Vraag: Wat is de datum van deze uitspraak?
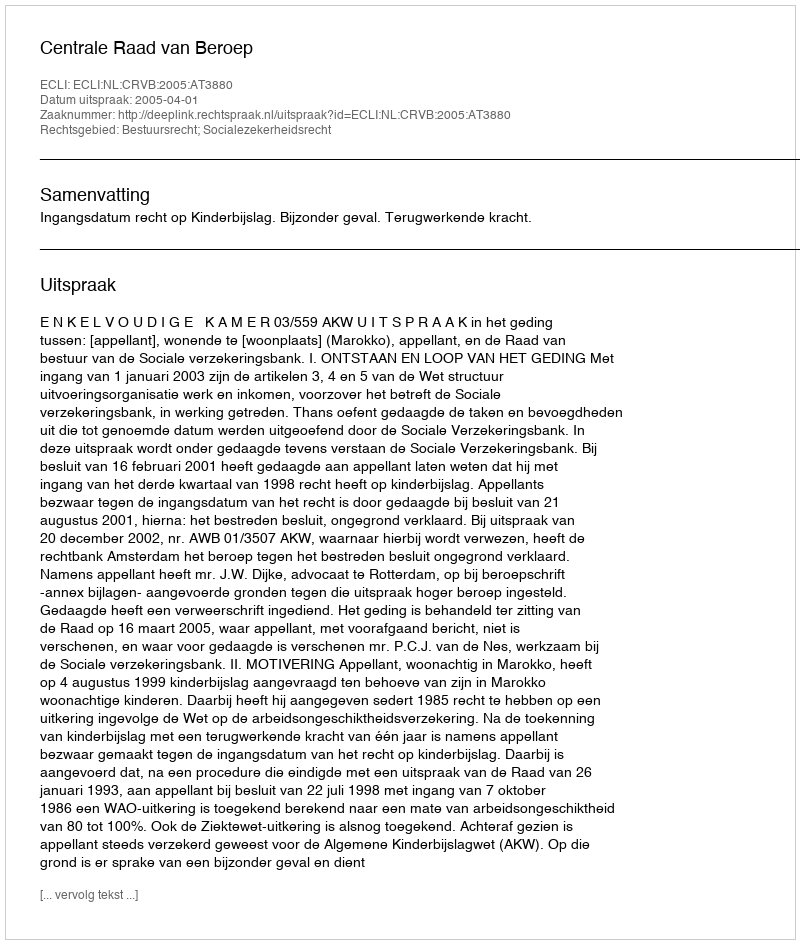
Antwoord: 2005-04-01